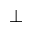
\bot